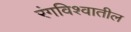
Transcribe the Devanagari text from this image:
रंगविश्वातील